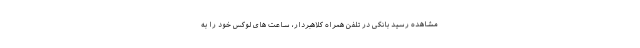
مشاهده رسید بانکی در تلفن همراه کلاهبردار، ساعت های لوکس خود را به